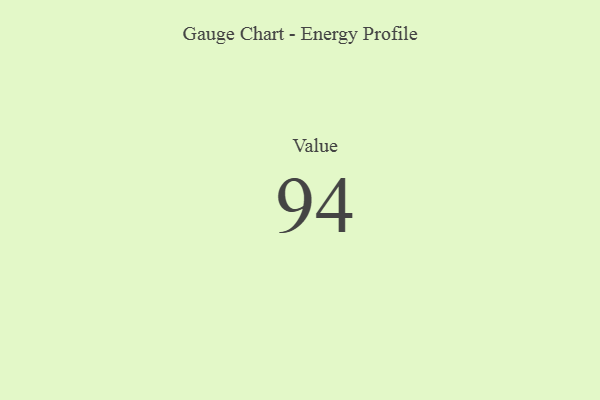
{"axis": {"x": "Metric", "y": "Value"}, "legend": [""], "data": [{"x": "Value", "y": 94, "type": ""}]}